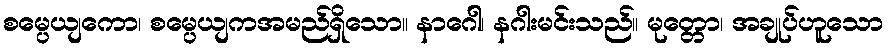
စမ္ပေယျကော၊ စမ္ပေယျကအမည်ရှိသော။ နာဂေါ၊ နဂါးမင်းသည်။ မုတ္တော၊ အချုပ်ဟူသော